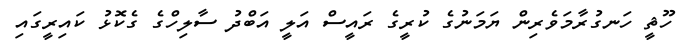
ހޫޘީ ހަނގުރާމަވެރިން ޔަމަނުގެ ކުރީގެ ރައީސް އަލީ އަބްދު ސާލިހްގެ ގެކޮޅު ކައިރީގައި